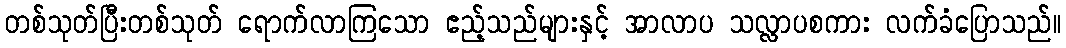
တစ်သုတ်ပြီးတစ်သုတ် ရောက်လာကြသော ဧည့်သည်များနှင့် အာလာပ သလ္လာပစကား လက်ခံပြောသည်။